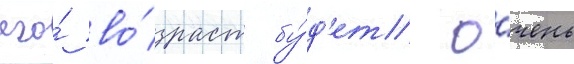
его́ во́зраст бу́д'ет о́чень